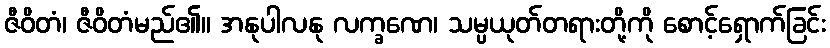
ဇီဝိတံ၊ ဇီဝိတံမည်၏။ အနုပါလနု လက္ခဏေ၊ သမ္ပယုတ်တရားတို့ကို စောင့်ရှောက်ခြင်း